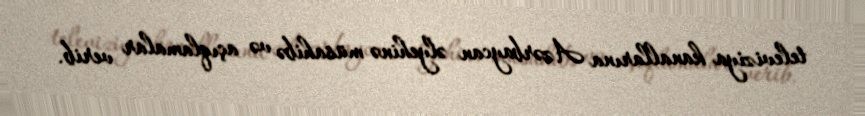
televiziya kanallarına Azərbaycan əlyehinə müsahibə və açıqlamalar verib.